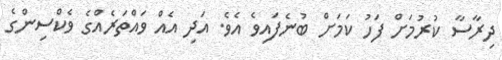
ދިރާސާ ކުރުމަށް ފަހު ކަމަށް ބުނެފައިވެ އެވެ. އަދި އެއް ވައްތަރެއްގެ ވެކްސިންގެ